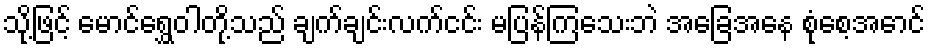
သို့ဖြင့် မောင်ရွှေဝါတို့သည် ချက်ချင်းလက်ငင်း မပြန်ကြသေးဘဲ အခြေအနေ စုံစေ့အောင်